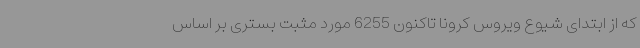
که از ابتدای شیوع ویروس کرونا تاکنون 6255 مورد مثبت بستری بر اساس